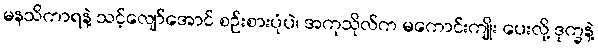
မနသိကာရနဲ့ သင့်လျော်အောင် စဉ်းစားပုံပဲ၊ အကုသိုလ်က မကောင်းကျိုး ပေးလို့ ဒုက္ခနဲ့